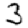
Digit: 3